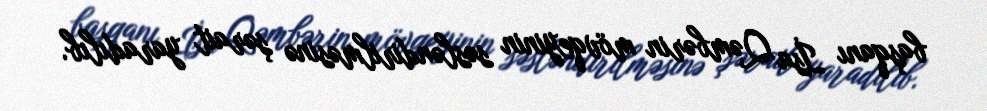
başqanı İsa Qəmbərin mövqeyinin səsləndirilməsinə şərait yaradılıb.